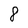
Character: 8